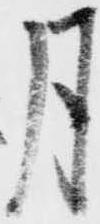
月